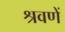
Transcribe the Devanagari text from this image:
श्रवणें